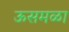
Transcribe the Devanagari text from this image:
ऊसमळा